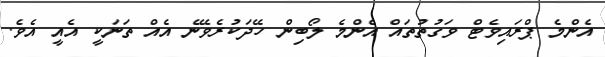
އެންމެ ޕްރައިވެޓް ވަގުތުތައް އެންމެ ލޯބިން ހޭދަކުރެވޭނެ އެއް ތަނަކީ އެއީ އެވެ.